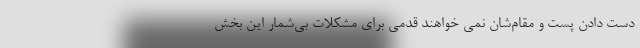
دست دادن پست و مقام‌شان نمی خواهند قدمی برای مشکلات بی‌شمار این بخش